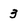
Character: 3